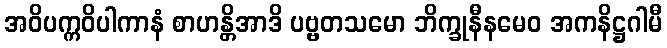
အဝိပက္ကဝိပါကာနံ စာဟန္တိအာဒိ ပဗ္ဗတသမော ဘိက္ခုနီနမေဝ အကနိဋ္ဌဂါမီ